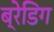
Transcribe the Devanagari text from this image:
ब्रेडिग